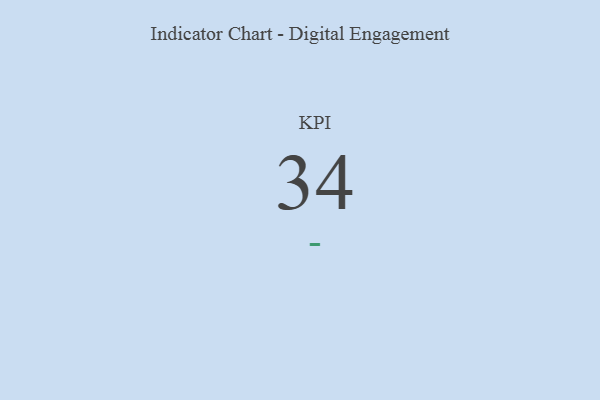
{"axis": {"x": "KPI", "y": "Value"}, "legend": [""], "data": [{"x": "KPI", "y": 34, "type": ""}]}